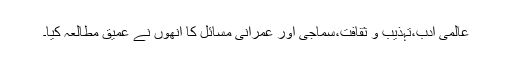
عالمی ادب،تہذیب و ثقافت،سماجی اور عمرانی مسائل کا انھوں نے عمیق مطالعہ کیا۔